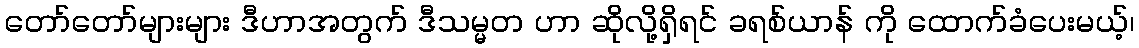
တော်တော်များများ ဒီဟာအတွက် ဒီသမ္မတ ဟာ ဆိုလို့ရှိရင် ခရစ်ယာန် ကို ထောက်ခံပေးမယ့်၊